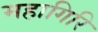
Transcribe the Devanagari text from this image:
महागिरि